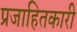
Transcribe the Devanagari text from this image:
प्रजाहितकारी